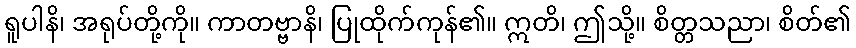
ရူပါနိ၊ အရုပ်တို့ကို။ ကာတဗ္ဗာနိ၊ ပြုထိုက်ကုန်၏။ ဣတိ၊ ဤသို့။ စိတ္တသညာ၊ စိတ်၏